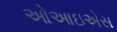
ઓઆઇએસ